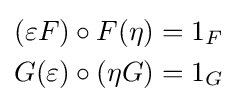
{\begin{aligned}(\varepsilon F)\circ F(\eta )&=1_{F}\\G(\varepsilon )\circ (\eta G)&=1_{G}\end{aligned}}